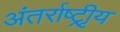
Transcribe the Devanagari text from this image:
अंतर्राष्ट्रीृय